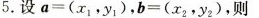
5.设 $$a=(x_{1},y_{1}),b=(x_{2},y_{2})$$ ，则